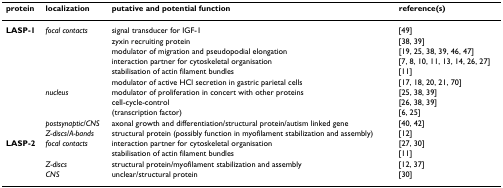
<table><thead><tr><td><b>protein</b></td><td><b>localization</b></td><td><b>putative and potential function</b></td><td><b>reference(s)</b></td></tr></thead><tbody><tr><td><b>LASP-1</b></td><td><i>focal contacts</i></td><td>signal transducer for IGF-1</td><td>[49]</td></tr><tr><td></td><td></td><td>zyxin recruiting protein</td><td>[38, 39]</td></tr><tr><td></td><td></td><td>modulator of migration and pseudopodial elongation</td><td>[19, 25, 38, 39, 46, 47]</td></tr><tr><td></td><td></td><td>interaction partner for cytoskeletal organisation</td><td>[7, 8, 10, 11, 13, 14, 26, 27]</td></tr><tr><td></td><td></td><td>stabilisation of actin filament bundles</td><td>[11]</td></tr><tr><td></td><td></td><td>modulator of active HCl secretion in gastric parietal cells</td><td>[17, 18, 20, 21, 70]</td></tr><tr><td></td><td><i>nucleus</i></td><td>modulator of proliferation in concert with other proteins</td><td>[25, 38, 39]</td></tr><tr><td></td><td></td><td>cell-cycle-control</td><td>[26, 38, 39]</td></tr><tr><td></td><td></td><td>(transcription factor)</td><td>[6, 25]</td></tr><tr><td></td><td><i>postsynaptic/CNS</i></td><td>axonal growth and differentiation/structural protein/autism linked gene</td><td>[40, 42]</td></tr><tr><td></td><td><i>Z-discs/A-bands</i></td><td>structural protein (possibly function in myofilament stabilization and assembly)</td><td>[12]</td></tr><tr><td><b>LASP-2</b></td><td><i>focal contacts</i></td><td>interaction partner for cytoskeletal organisation</td><td>[27, 30]</td></tr><tr><td></td><td></td><td>stabilisation of actin filament bundles</td><td>[11]</td></tr><tr><td></td><td><i>Z-discs</i></td><td>structural protein/myofilament stabilization and assembly</td><td>[12, 37]</td></tr><tr><td></td><td><i>CNS</i></td><td>unclear/structural protein</td><td>[30]</td></tr></tbody></table>